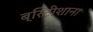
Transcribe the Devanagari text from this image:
ब्रिटीशाना